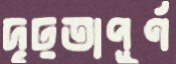
দৃঢ়তাপূর্ণ